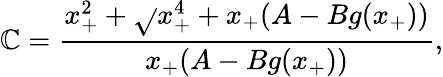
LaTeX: \mathbb{C}=\frac{{x_{+}^{2}+\sqrt{}{{x_{+}^{4}+x_{+}(A-Bg(x_{+}))}}}}{{x_{+}(A-Bg(x_{+}))}},